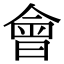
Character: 會